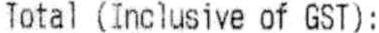
TOTAL (INCLUSIVE OF GST):